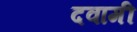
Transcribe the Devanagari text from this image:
दवामी